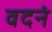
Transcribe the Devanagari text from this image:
वदनं